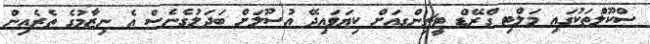
ސްކޫލްުތަކުގައި މަލްޓި ގްރޭޑް ޓީޗިންގއަށް ކިޔަވައިދޭ އުސޫލަށް ބަދަލުގެނެސް އެ ނިޒާމުގެ ތެރެއިން